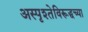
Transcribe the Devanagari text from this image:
अस्पृश्तेविरूद्धच्या